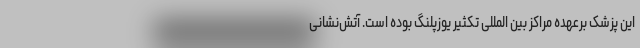
این پزشک برعهده مراکز بین المللی تکثیر یوزپلنگ بوده است. آتش‌نشانی